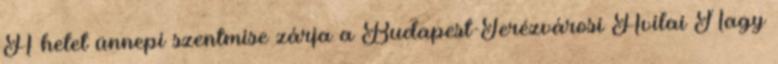
A hetet ünnepi szentmise zárja a Budapest-Terézvárosi Avilai Nagy